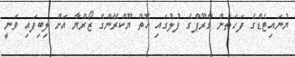
ޔުނައިޓެޑްގެ ފަހަތުން ގްރޫޕްގެ ފުލުގައި އޮތް ޔޫކްރޭންގެ ޒޯރްޔާ އަށް ލިބިފައި ވަނީ